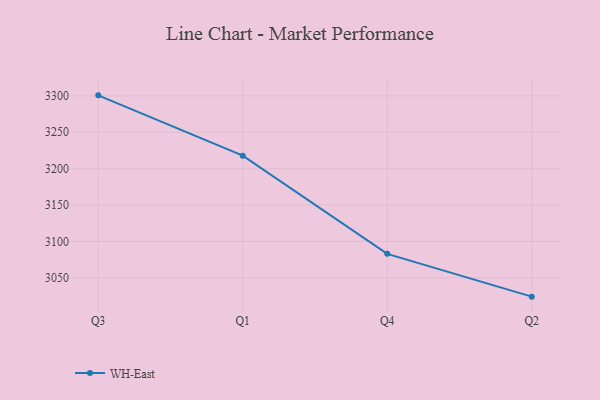
{"axis": {"x": "Quarter", "y": "Operating Costs (USD K)"}, "legend": ["WH-East"], "data": [{"x": "Q3", "y": 3300.7, "type": "WH-East"}, {"x": "Q1", "y": 3217.8, "type": "WH-East"}, {"x": "Q4", "y": 3083.0, "type": "WH-East"}, {"x": "Q2", "y": 3024.2, "type": "WH-East"}]}